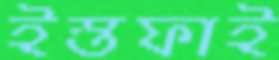
ইস্তফাই